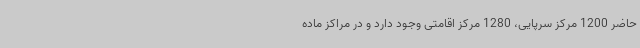
حاضر 1200 مرکز سرپایی، 1280 مرکز اقامتی وجود دارد و در مراکز ماده